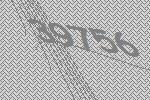
39756